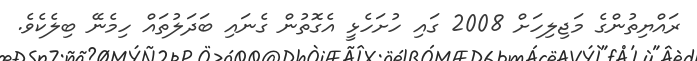
ރައްޔިތުންގެ މަޖިލިހަށް 2008 ގައި ހުށަހެޅީ އެގޮތުން ގެނައި ބަދަލުތައް ހިމެނޭ ބިލެކެވެ.